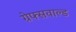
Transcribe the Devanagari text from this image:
ग्रेफ्सवाल्ड